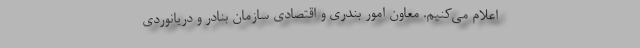
اعلام می‌کنیم. معاون امور بندری و اقتصادی سازمان بنادر و دریانوردی